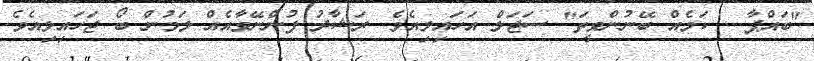
"ބައްޕާ... ކަމެއް ބޭނުންވީތަ" ސަޖަލް އަހައިލިއެވެ. ރަޝާދު ފުންނޭވާއެއް ލަމުން ބޯ ޖަހައިލިއެވެ.